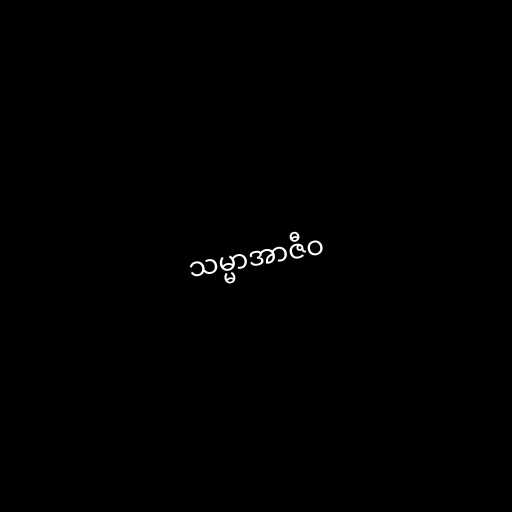
သမ္မာအာဇီဝ